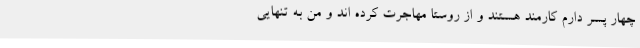
چهار پسر دارم کارمند هستند و از روستا مهاجرت کرده اند و من به تنهایی